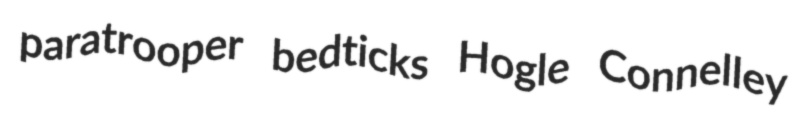
paratrooper bedticks Hogle Connelley